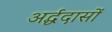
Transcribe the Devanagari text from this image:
अर्द्धदासों